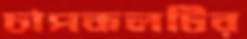
চাপকলটির